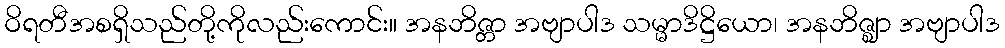
ဝိရတီအစရှိသည်တို့ကိုလည်းကောင်း။ အနဘိဇ္တာ အဗျာပါဒ သမ္မာဒိဋ္ဌိယော၊ အနဘိဇ္ဈာ အဗျာပါဒ